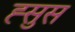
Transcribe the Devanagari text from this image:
ह्सुस